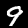
Digit: 9